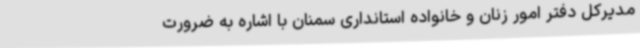
مدیرکل دفتر امور زنان و خانواده استانداری سمنان با اشاره به ضرورت